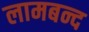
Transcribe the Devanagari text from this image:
लामबन्द